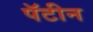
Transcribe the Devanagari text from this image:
पॅटीन